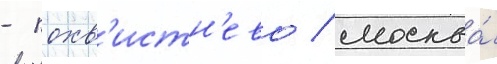
- похв'истн'ево / москва́